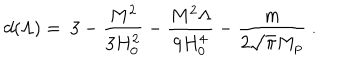
LaTeX: d ( \Lambda ) = \ 3 - { \frac { M ^ { 2 } } { 3 H _ { 0 } ^ { 2 } } } - { \frac { M ^ { 2 } \Lambda } { 9 H _ { 0 } ^ { 4 } } } - { \frac { m } { 2 \sqrt \pi M _ { \mathrm { p } } } } \ .